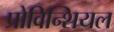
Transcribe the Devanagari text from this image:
प्रोविन्शियल